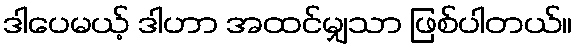
ဒါပေမယ့် ဒါဟာ အထင်မျှသာ ဖြစ်ပါတယ်။